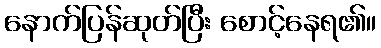
နောက်ပြန်ဆုတ်ပြီး စောင့်နေရ၏။